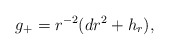
\begin{align*} g_+=r^{-2}(dr^2+h_r),\end{align*}